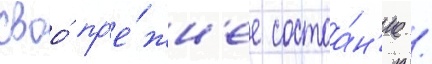
своо́ пр'е́жн'ее состоа́н'ие /